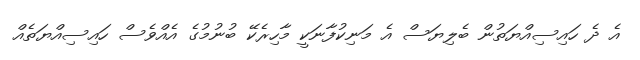
އެ ދެ ހައިސިއްޔަތުން ބެލިޔަސް އެ މަނިކުފާނަކީ މާހިރެކޭ ބުނުމުގެ އެއްވެސް ހައިސިއްޔަތެއް